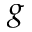
g